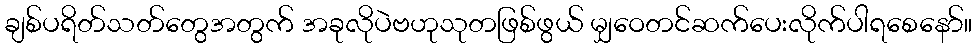
ချစ်ပရိတ်သတ်တွေအတွက် အခုလိုပဲဗဟုသုတဖြစ်ဖွယ် မျှဝေတင်ဆက်ပေးလိုက်ပါရစေနော်။